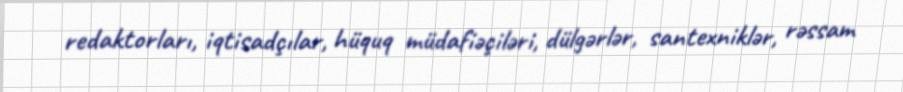
redaktorları, iqtisadçılar, hüquq müdafiəçiləri, dülgərlər, santexniklər, rəssam